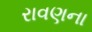
રાવણના